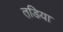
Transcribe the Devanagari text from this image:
तडि़या